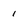
Character: 1